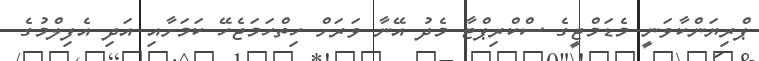
ޕްރިޔަންކާވަނީ މެޑަމްޖީގެ ސްކްރިޕްޓާ މެދު އޭނާ ވަރަށް ހިތްހަމަޖެހޭ ކަމަށާއި އަދި އެފިލްމުގެ